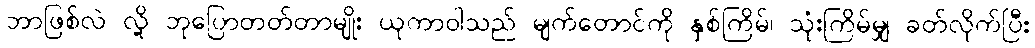
ဘာဖြစ်လဲ လို့ ဘုပြောတတ်တာမျိုး ယုကာဝါသည် မျက်တောင်ကို နှစ်ကြိမ်၊ သုံးကြိမ်မျှ ခတ်လိုက်ပြီး